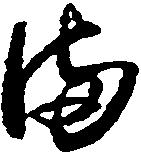
備